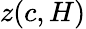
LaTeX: z(c,H)